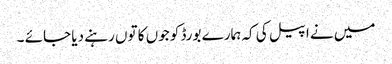
میں نے اپیل کی کہ ہمارے بورڈ کو جوں کا توں رہنے دیا جائے ۔